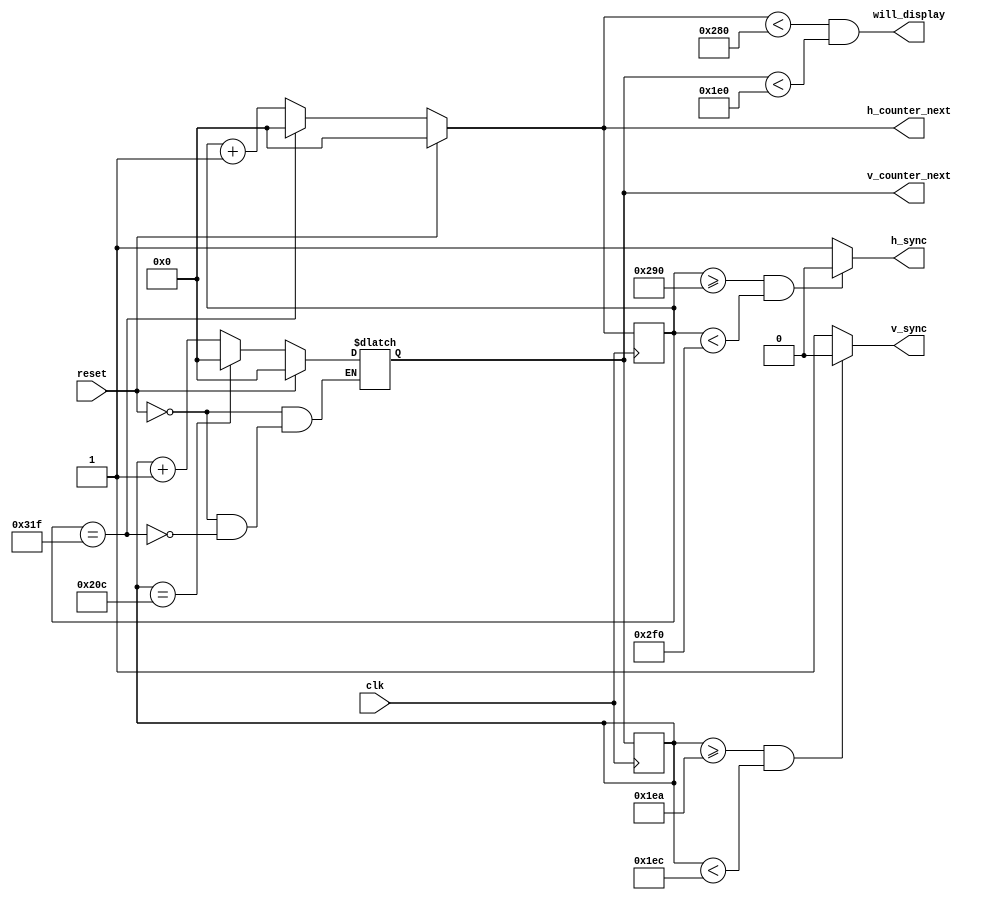
module vga(
    clk,
    reset,

    // Horizontal counter
    h_counter_next,
    // Horizontal sync
    h_sync,

    // Vertical counter
    v_counter_next,
    // Veritcal sync
    v_sync,

    // The next pixel will be displayed.
    will_display
);
    // Initialize parameters as 640 x 480 @ 60Hz
    parameter HORIZONTAL_SYNC_POLARITY = 1'b0;
    parameter TIME_HORIZONTAL_VIDEO = 640;
    parameter TIME_HORIZONTAL_FRONT_PORCH = 16;
    parameter TIME_HORIZONTAL_SYNC_PULSE = 96;
    parameter TIME_HORIZONTAL_BACK_PORCH = 48;
    parameter TIME_HORIZONTAL =
        TIME_HORIZONTAL_VIDEO +
        TIME_HORIZONTAL_FRONT_PORCH +
        TIME_HORIZONTAL_SYNC_PULSE +
        TIME_HORIZONTAL_BACK_PORCH;

    parameter VERTICAL_SYNC_POLARITY = 1'b0;
    parameter TIME_VERTICAL_VIDEO = 480;
    parameter TIME_VERTICAL_FRONT_PORCH = 10;
    parameter TIME_VERTICAL_SYNC_PULSE = 2;
    parameter TIME_VERTICAL_BACK_PORCH = 33;
    parameter TIME_VERTICAL =
        TIME_VERTICAL_VIDEO +
        TIME_VERTICAL_FRONT_PORCH +
        TIME_VERTICAL_SYNC_PULSE +
        TIME_VERTICAL_BACK_PORCH;

    parameter HORIZONTAL_COUNTER_WIDTH = 10;
    parameter VERTICAL_COUNTER_WIDTH = 10;


    input clk, reset;
    output reg [HORIZONTAL_COUNTER_WIDTH-1:0] h_counter_next;
    output h_sync;
    output reg [VERTICAL_COUNTER_WIDTH-1:0] v_counter_next;
    output v_sync;
    output will_display;

    reg [HORIZONTAL_COUNTER_WIDTH-1:0] h_counter;
    reg [VERTICAL_COUNTER_WIDTH-1:0] v_counter;

    assign h_sync =
        ((h_counter >= (TIME_HORIZONTAL_VIDEO + TIME_HORIZONTAL_FRONT_PORCH)) &&
            (h_counter < (TIME_HORIZONTAL_VIDEO + TIME_HORIZONTAL_FRONT_PORCH + TIME_HORIZONTAL_SYNC_PULSE))) ?
        HORIZONTAL_SYNC_POLARITY : ~HORIZONTAL_SYNC_POLARITY;

    assign v_sync =
        ((v_counter >= (TIME_VERTICAL_VIDEO + TIME_VERTICAL_FRONT_PORCH)) &&
            (v_counter < (TIME_VERTICAL_VIDEO + TIME_VERTICAL_FRONT_PORCH + TIME_VERTICAL_SYNC_PULSE))) ?
        VERTICAL_SYNC_POLARITY : ~VERTICAL_SYNC_POLARITY;

    assign will_display = h_counter_next < TIME_HORIZONTAL_VIDEO && v_counter_next < TIME_VERTICAL_VIDEO;

    always @* begin
        if (reset) begin
            h_counter_next = 0;
            v_counter_next = 0;
        end else begin
            if (h_counter == TIME_HORIZONTAL - 1) begin
                h_counter_next = 0;
                if (v_counter == TIME_VERTICAL - 1)
                    v_counter_next = 0;
                else
                    v_counter_next = v_counter + 1;
            end else
                h_counter_next = h_counter + 1;
        end
    end

    always @(posedge clk) begin
        h_counter <= h_counter_next;
        v_counter <= v_counter_next;
    end
endmodule